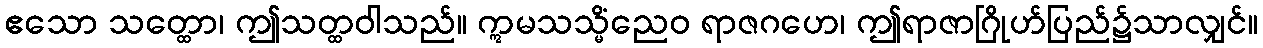
ဧသော သတ္ထော၊ ဤသတ္ထဝါသည်။ ဣမသသ္မိံညေဝ ရာဇဂဟေ၊ ဤရာဇာဂြိုဟ်ပြည်၌သာလျှင်။